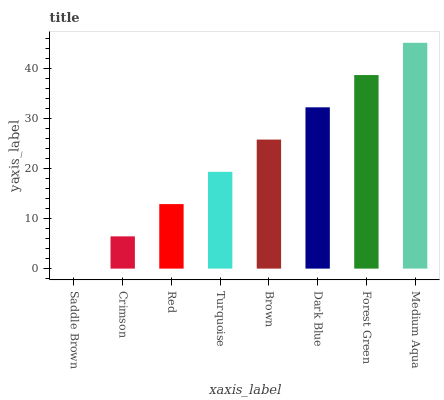
| xaxis_label | bars |
 | --- | --- |
 | Saddle Brown | 0 |
 | Crimson | 6.45 |
 | Red | 12.9 |
 | Turquoise | 19.4 |
 | Brown | 25.8 |
 | Dark Blue | 32.3 |
 | Forest Green | 38.7 |
 | Medium Aqua | 45.2 |